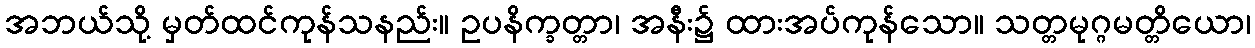
အဘယ်သို့ မှတ်ထင်ကုန်သနည်း။ ဥပနိက္ခတ္တာ၊ အနီး၌ ထားအပ်ကုန်သော။ သတ္တမုဂ္ဂမတ္တိယော၊